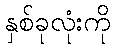
နှစ်ခုလုံးကို